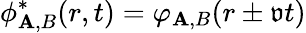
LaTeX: {\phi}_{\mathbf{A},B}^{*}(r,t)=\varphi_{\mathbf{A},B}(r\pm\mathfrak{{v}}t)